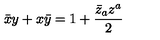
\bar { x } y + x \bar { y } = 1 + \frac { \bar { z } _ { a } z ^ { a } } { 2 }